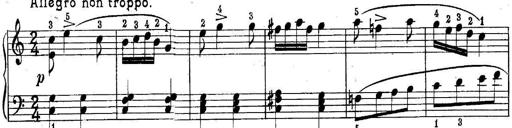
Title: Piano Sonatina No.1 in C major
Composer: Tadeusz Joteyko
Key: C major